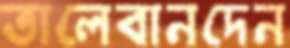
তালেবানদেন